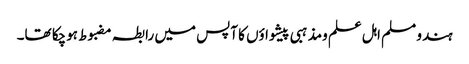
ہندو مسلم اہل علم ومذہبی پیشواؤں کا آپس میں رابطہ مضبوط ہوچکا تھا۔